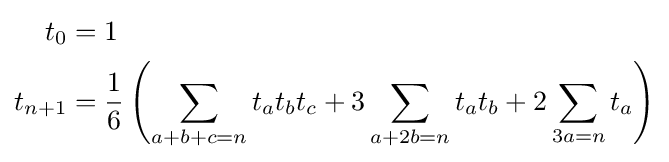
{\begin{aligned}t_{0}&=1\\t_{n+1}&={\frac {1}{6}}\left(\sum _{a+b+c=n}t_{a}t_{b}t_{c}+3\sum _{a+2b=n}t_{a}t_{b}+2\sum _{3a=n}t_{a}\right)\end{aligned}}